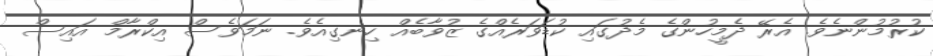
ކުރުމުންނެވެ. އެރޭ ދެމީހުންގެ މެދުގައި ކުޑަވަރެއްގެ ޒުވާބެއް ހިނގިއެވެ. ނަމަވެސް އިކްރާމް އައިސް